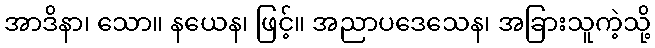
အာဒိနာ၊ သော။ နယေန၊ ဖြင့်။ အညာပဒေသေန၊ အခြားသူကဲ့သို့